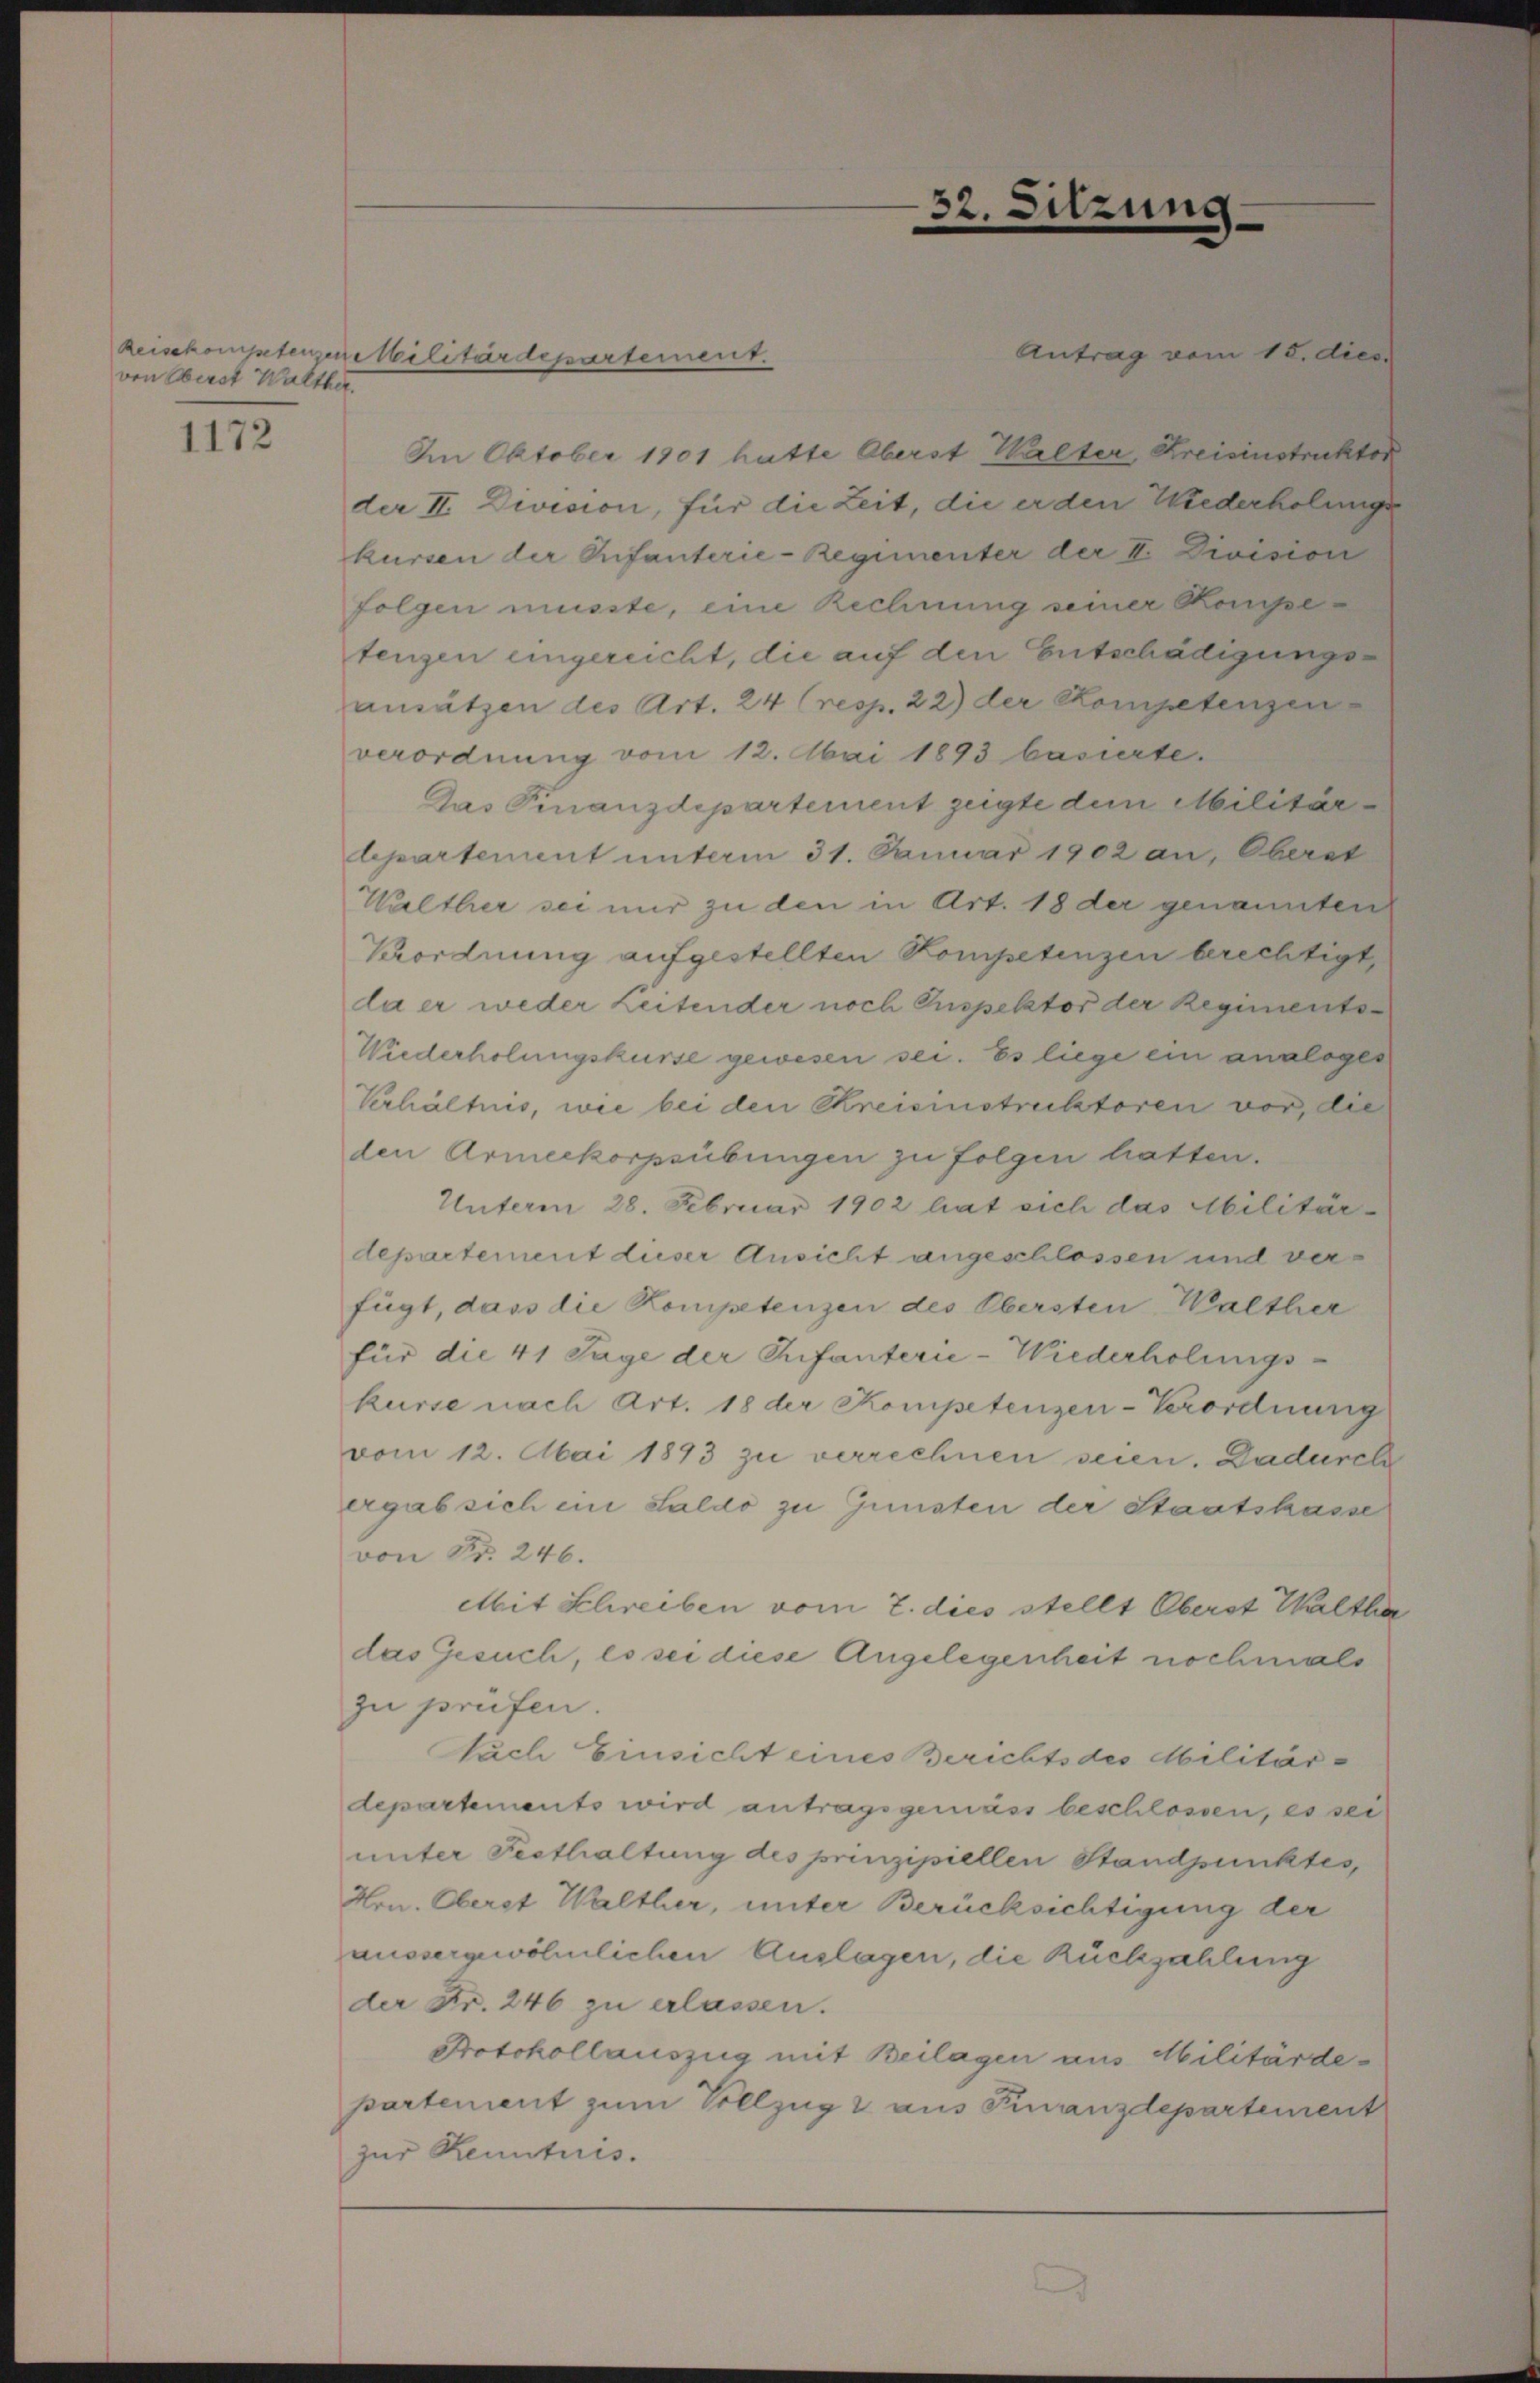
von Oberst Walther.

1172

Antrag vom 15. dies
Im Oktober 1901 hatte Oberst Walter, Kreisinstruktor
der II. Division, für die Zeit, die er den Wiederholungs
kursen der Pfanterie-Regimenter der II. Division
folgen müsste, eine Rechnung seiner Kompetenzen eingereicht, die auf den Entschädigungsansätzen des Art. 24 (resp. 22) der Kompetenzen
verordnung vom 12. Mai 1893 basierte.
Das Finanzdepartement zeigte dem Militärdepartement unterm 31. Januar 1902 an, Oberat
Walther sei nur zu den in Art. 18 der genannten
Verordnung aufgestellten Kompetenzen berechtigt,
da er weder Zeitender noch Inspektor der Regiments¬
Wiederholungskurse gewesen sei. Es liege ein analoges
Verhältnis, wie bei den Kreisinstruktoren vor, die
den Armeekorpsübungen zu folgen hatten.
Unterm 28. Februar 1902 hat sich das Militär-
departement dieser Ansicht angeschlossen und verfügt, dass die Kompetenzen des Obersten Walther
für die 41 Tage der Infanterie-Wiederholungs-
kurse nach Art. 18 der Kompetenzen-Verordnung
vom 12. Mai 1893 zu verrechnen seien. Dadurch
ergab sich im Saldo zu Gunsten der Staatskasse
von Nr. 246.
Mit Schreiben vom 7. dies stellt Oberst Waltha
das Gesuch, es sei diese Angelegenheit nochmals
zu prüfen.
Auch Einsicht eines Berichts des Militärdepartements wird antragsgemäss beschlossen, es sei
unter Festhaltung des prinzipiellen Standpunktes,
Hrn. Oberst Walther, unter Berücksichtigung der
aussergewöhnlichen Auslagen, die Rückzahlung
der Fr. 246 zu erlassen.
Protokollauszug mit Beilagen aus Militärde-
partement zum Vollzug aus Finanzdepartement
zur Renntnis.

Reisekompterzen Militärdepartement.

32. Sitzung.